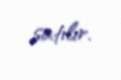
satılır.